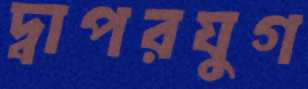
দ্বাপরযুগ